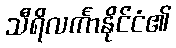
သီရိလင်္ကာနိုင်ငံ၏